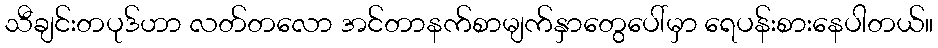
သီချင်းတပုဒ်ဟာ လတ်တလော အင်တာနက်စာမျက်နှာတွေပေါ်မှာ ရေပန်းစားနေပါတယ်။